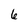
Character: 6